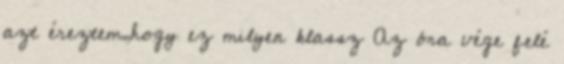
azt éreztem,hogy ez milyen klassz Az óra vége felé